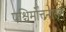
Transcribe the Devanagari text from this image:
पश्चिमोत्तनासन